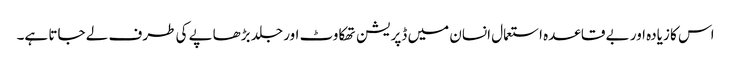
اس کا زیادہ اور بے قاعدہ استعمال انسان میں ڈپریشن تھکاوٹ اور جلد بڑھاپے کی طرف لے جاتا ہے۔